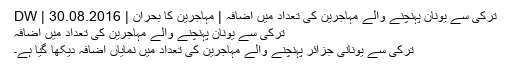
ترکی سے یونان پہنچنے والے مہاجرین کی تعداد میں اضافہ | مہاجرین کا بحران | DW | 30.08.2016
ترکی سے یونان پہنچنے والے مہاجرین کی تعداد میں اضافہ
ترکی سے یونانی جزائر پہنچنے والے مہاجرین کی تعداد میں نمایاں اضافہ دیکھا گیا ہے۔